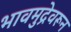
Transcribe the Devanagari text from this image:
भावमुद्रेवरून